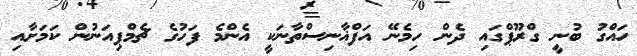
ހައްގު ބުނީ ގްރޫޕްގައި ދެން ހިމެނޭ އަފްޣާނިސްތާނަކީ އެންމެ ފަހުގެ ޗެމްޕިއަނުން ކަމަށާއި